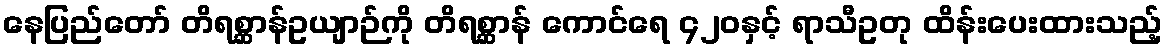
နေပြည်တော် တိရစ္ဆာန်ဥယျာဉ်ကို တိရစ္ဆာန် ကောင်ရေ ၄၂၀နှင့် ရာသီဥတု ထိန်းပေးထားသည့်